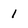
Character: 1